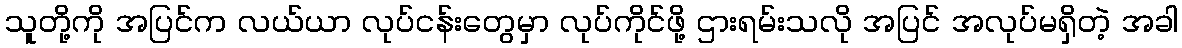
သူတို့ကို အပြင်က လယ်ယာ လုပ်ငန်းတွေမှာ လုပ်ကိုင်ဖို့ ဌားရမ်းသလို အပြင် အလုပ်မရှိတဲ့ အခါ